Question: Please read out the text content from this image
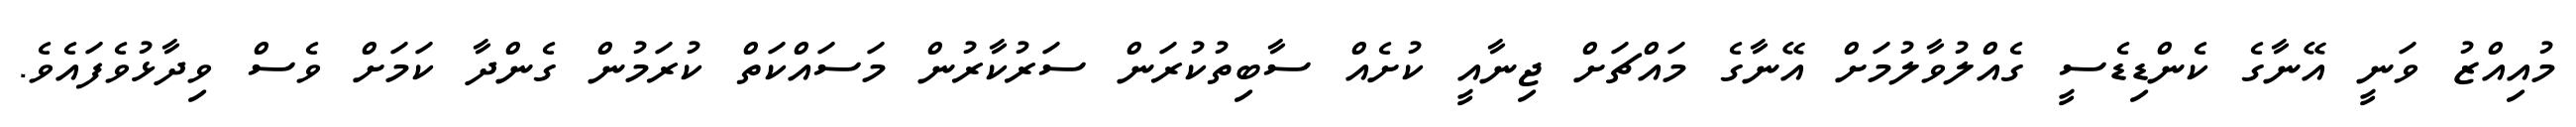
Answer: މުއިއްޒު ވަނީ އޭނާގެ ކެންޑިޑެސީ ގެއްލުވާލުމަށް އޭނާގެ މައްޗަށް ޖިނާއީ ކުށެއް ސާބިތުކުރަން ސަރުކާރުން މަސައްކަތް ކުރަމުން ގެންދާ ކަމަށް ވެސް ވިދާޅުވެފައެވެ.